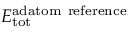
E _ { \mathrm { t o t } } ^ { \mathrm { a d a t o m \ r e f e r e n c e } }